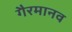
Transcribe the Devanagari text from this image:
गैरमानव